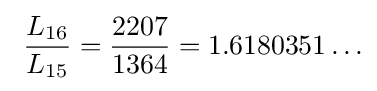
\ {\frac {L_{16}}{L_{15}}}={\frac {2207}{1364}}=1.6180351\ldots